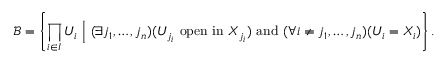
{ \mathcal { B } } = \left\{ \prod _ { i \in I } U _ { i } \ { \Big | } \ ( \exists j _ { 1 } , \ldots , j _ { n } ) ( U _ { j _ { i } } \ \mathrm { o p e n \ i n } \ X _ { j _ { i } } ) \ \mathrm { a n d } \ ( \forall i \neq j _ { 1 } , \ldots , j _ { n } ) ( U _ { i } = X _ { i } ) \right\} .